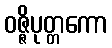
ဝဇ္ဇိပုတ္တကော